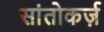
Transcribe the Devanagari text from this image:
सांतोकर्ज़